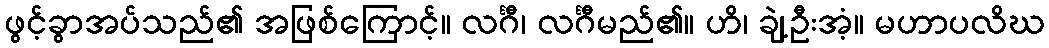
ဖွင့်ခွာအပ်သည်၏ အဖြစ်ကြောင့်။ လင်္ဂီ၊ လင်္ဂီမည်၏။ ဟိ၊ ချဲ့ဦးအံ့။ မဟာပလိဃ